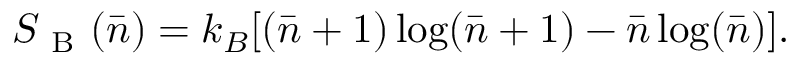
S _ { \mathrm { ~ B ~ } } ( \bar { n } ) = k _ { B } [ ( \bar { n } + 1 ) \log ( \bar { n } + 1 ) - \bar { n } \log ( \bar { n } ) ] .